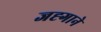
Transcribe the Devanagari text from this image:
जह्गाने